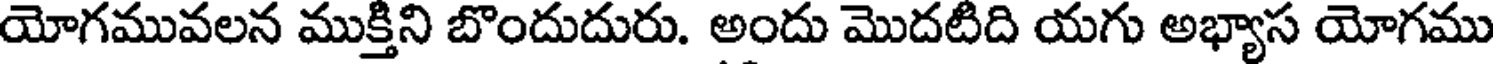
యోగమువలన ముక్తిని బొందుదురు. అందు మొదటిది యగు అభ్యాస యోగము